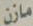
مازن